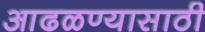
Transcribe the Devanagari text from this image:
आढळण्यासाठी